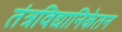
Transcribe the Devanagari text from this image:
तंत्रविद्यानिकेतन